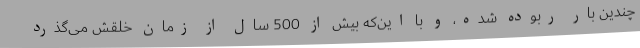
چندین بار ربوده شده، و با این‌که بیش از 500 سال از زمان خلقش می‌گذرد